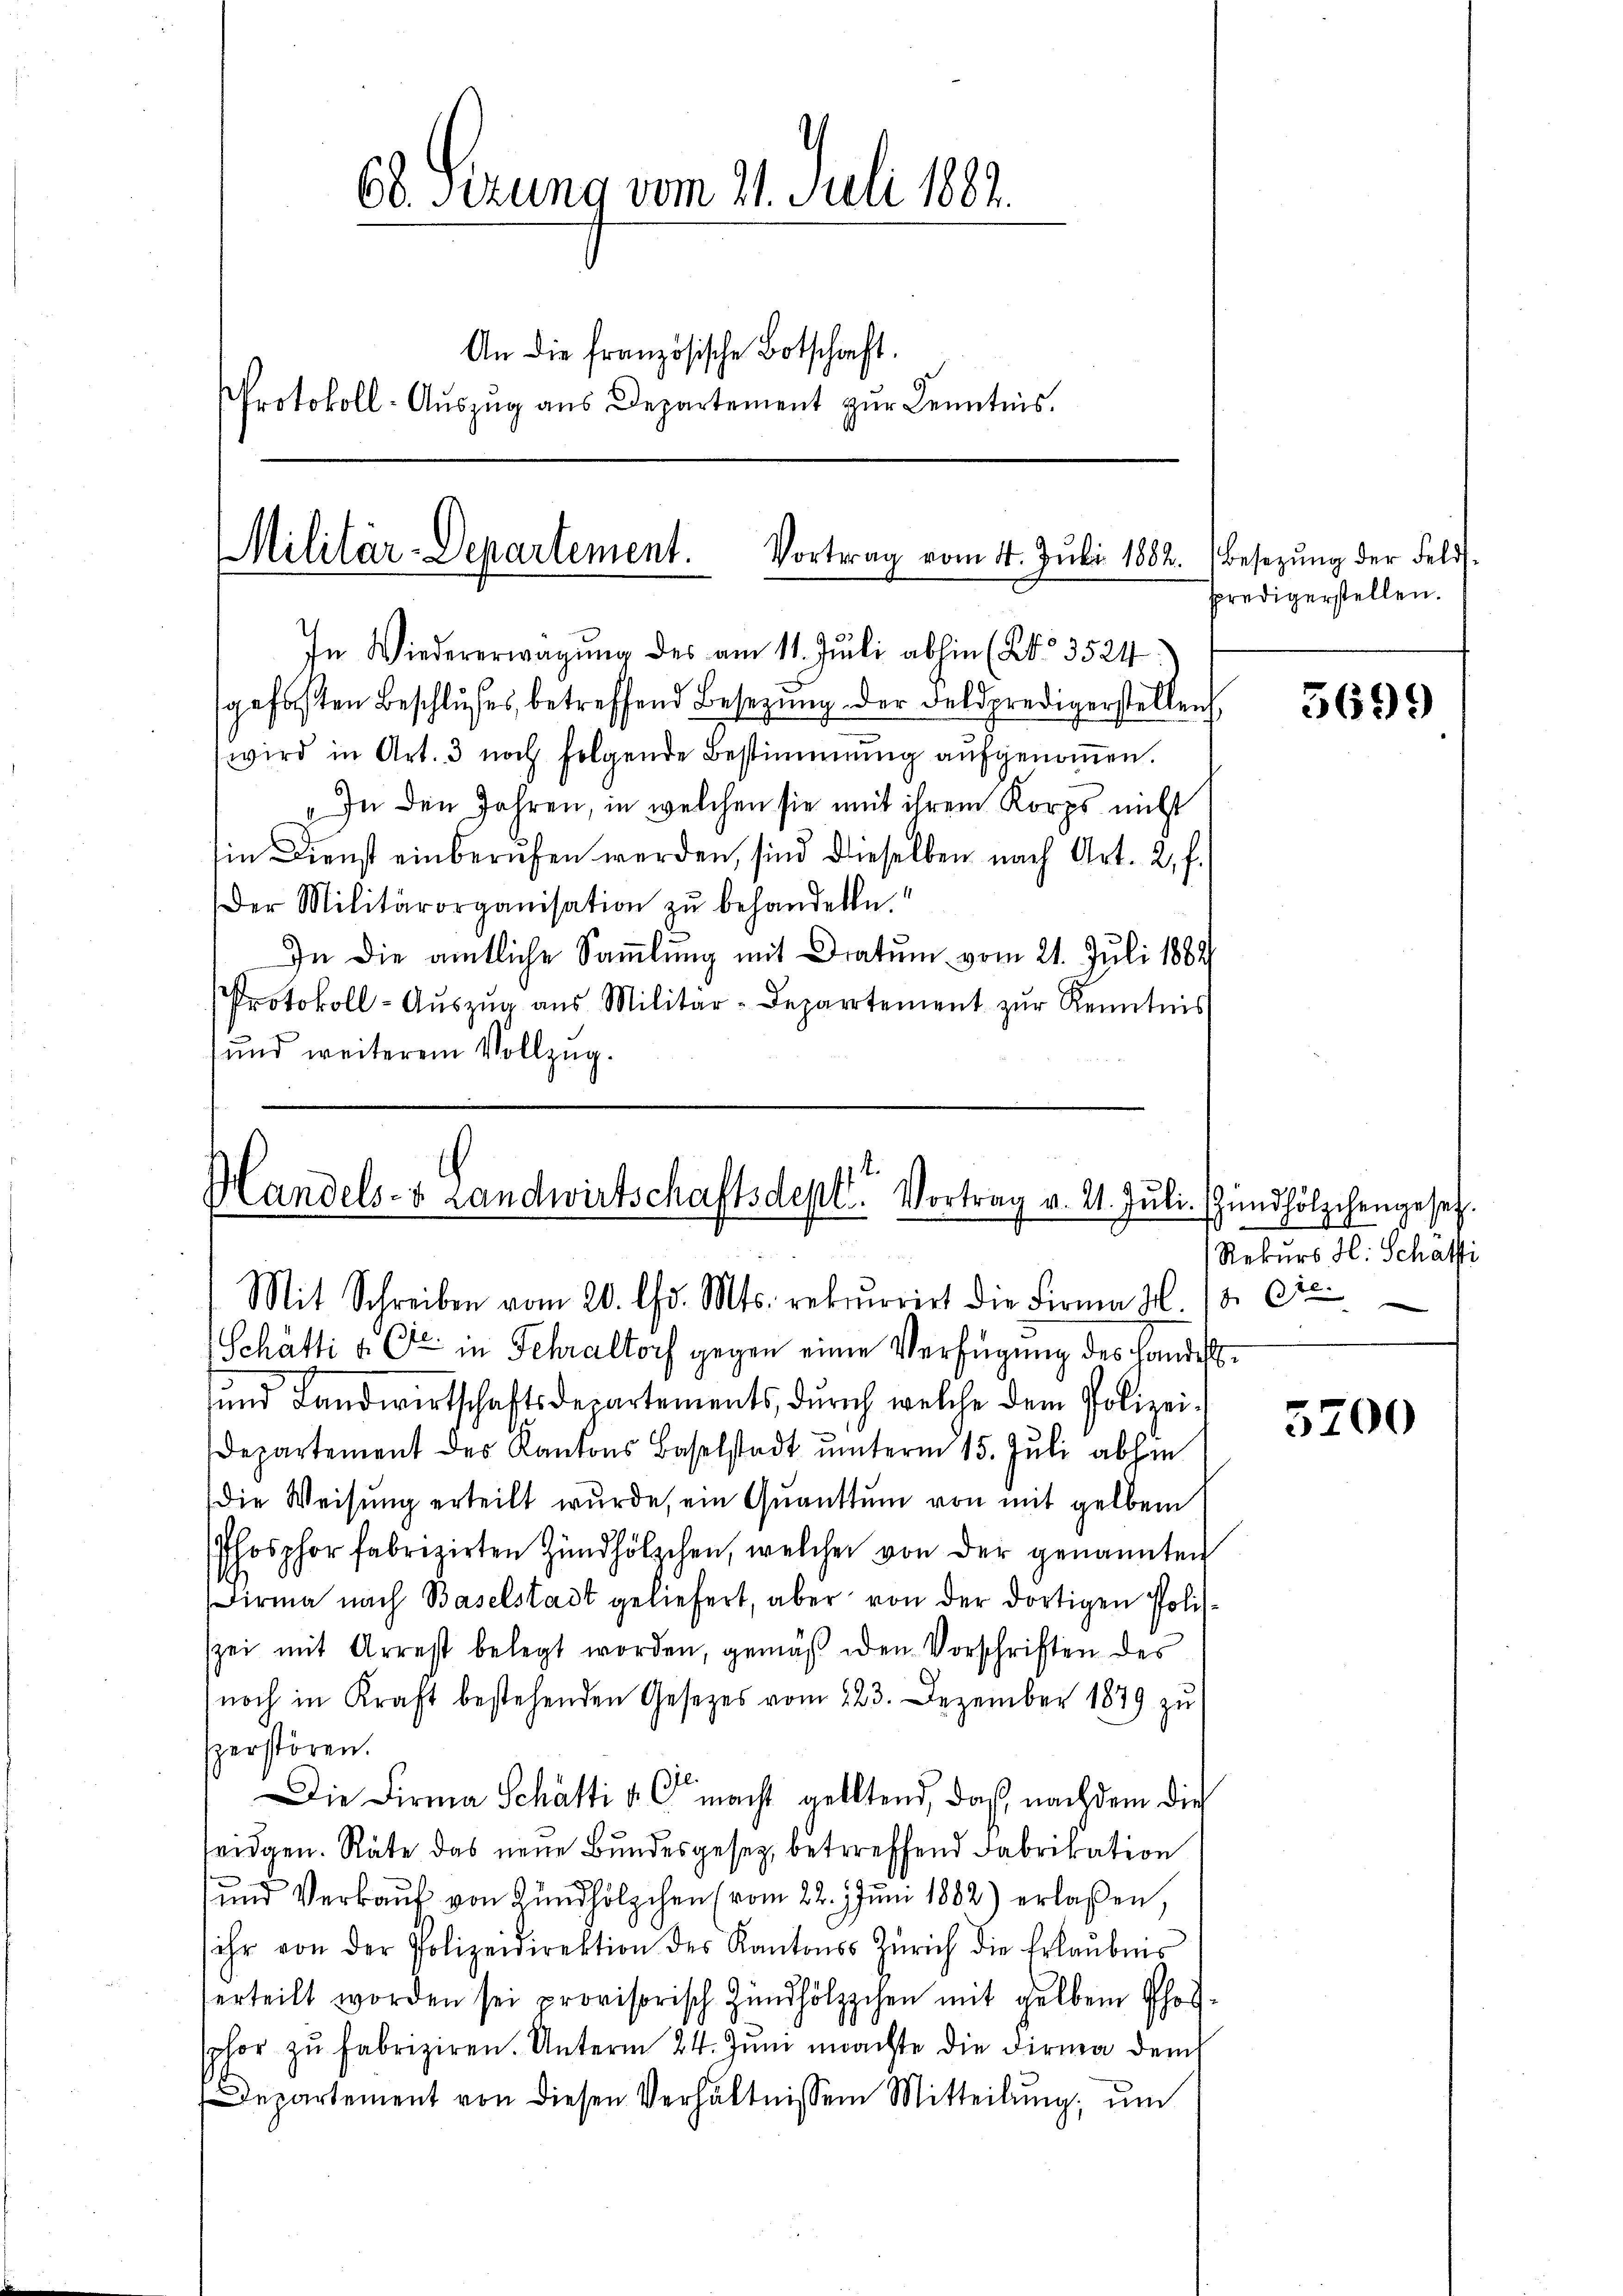
66. Sizung vom 21. Juli 1882.
An die französische Botschaft.
Protokoll-Auszug aus Departement zur Kenntnis.

Militär-Departement. Vortrag vom 14. Juli 1882.
In Wiedererwägŭng des am 11. Juli abhin (No. 3524

gefaßten Beschlußes, betreffend Besetzung der Feldpredigerstellen
wird in Art. 3 noch folgende Bestimmung aŭfgenoṁen.
„In den Jahren, in welchen sie mit ihrem Korps nicht
in Dienst einberŭfen werden, sind dieselben nach Art. 2, f.
Der Militärorganisation zŭ behandeln.
In die amtliche Sammlung mit Dratum vom 21. Juli 1882
Protokoll- Aŭszŭg aŭs Militär-Departement zŭr Kenntnis
und weiterem Vollzug.

.
Handels- & Landwirtschaftsdept. Vortrag v. 21. Jŭli (Zündhölzchengesetz.
Mit Schreiben vom 20. d. Mts. rekurrirt die Firma H. 18. Die

Besetzung der Feldpredigerstellen.

Schätti u. Cie in Fehraltorf gegen einen Verfügung des Handes¬
und Landwirtschaftsdepartements, durch welche dem Polizei¬
Departement des Kantons Baselstadt ŭnterm 15. Jŭli abhin
Die Weisung erteilt wurde, ein Quanttum von mit gelben
Phosphor fabrizirten Zündhölzchen, welcher von der genannten
Firma nach Baselstadt geliefert, aber von der dortigen Poli-
szei mit Arrest belegt worden, gemäß den Vorschriften des
noch in Kraft bestehenden Gesetzes vom 223. Dezember 1879 zu
sperstören.
Die Firma Schätti u. C macht gelltend, daß nachdem die
teidgen. Räte das neue Bundesgesetz, betreffend Fabrikation
und Verkaŭf von Zündhölzchen (vom 22. Jŭni 1882) erlaßen,
sihr von der Polizeidirektion des Kantons Zürich die Erlaubnis
erteilt worden sei provisorisch Zündhölzchen mit gelben Phofsphor zŭ fabriziren. Unterm 24. Juni machte die Firma dem
Departement von diesen Verhältnissen Mitteilung, um

5699

Rekurs H. Schafti

5200